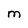
Character: M